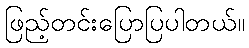
ဖြည့်တင်းပြောပြပါတယ်။